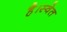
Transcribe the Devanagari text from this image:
है।स्वेत